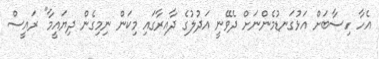
އެހާ ހިސާބަށް އަޅުގަނޑުމެންނަށް ދެވޭނީ އަދުލުގެ ދާއިރާގައި މިކަން ނިމިގެން ދިޔައީމާ" ރައީސް